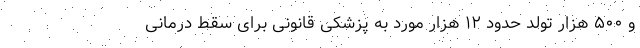
و ۵٠٠ هزار تولد حدود ١٢ هزار مورد به پزشکی قانونی برای سقط درمانی